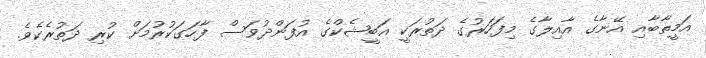
އަމީތާބާއި އޭނާގެ އާއިލާގެ މިފަހަރުގެ ދަތުރަކީ އަބީޝެކްގެ އުފަންދުވަސް ފާހަގަކުރުމަށް ކުރި ދަތުރެކެވެ.